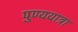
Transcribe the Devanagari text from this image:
पुण्ययात्रा